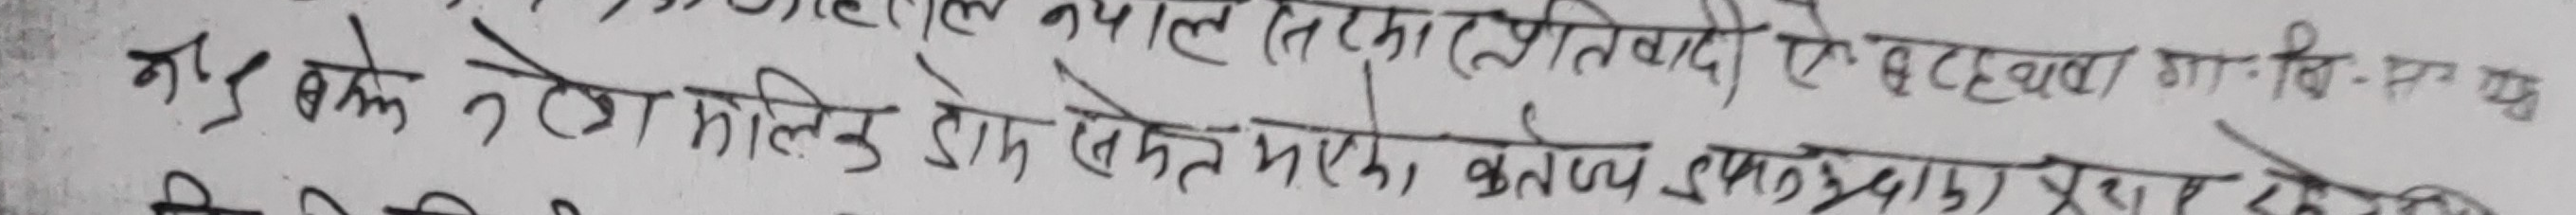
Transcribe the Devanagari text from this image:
भरि बके २२ मोलिङ डोम बिमत भएका कारणवश प्राशुरको